Report on vaccination in Madras 1922-1929 - 1922-1929
Year: 1922
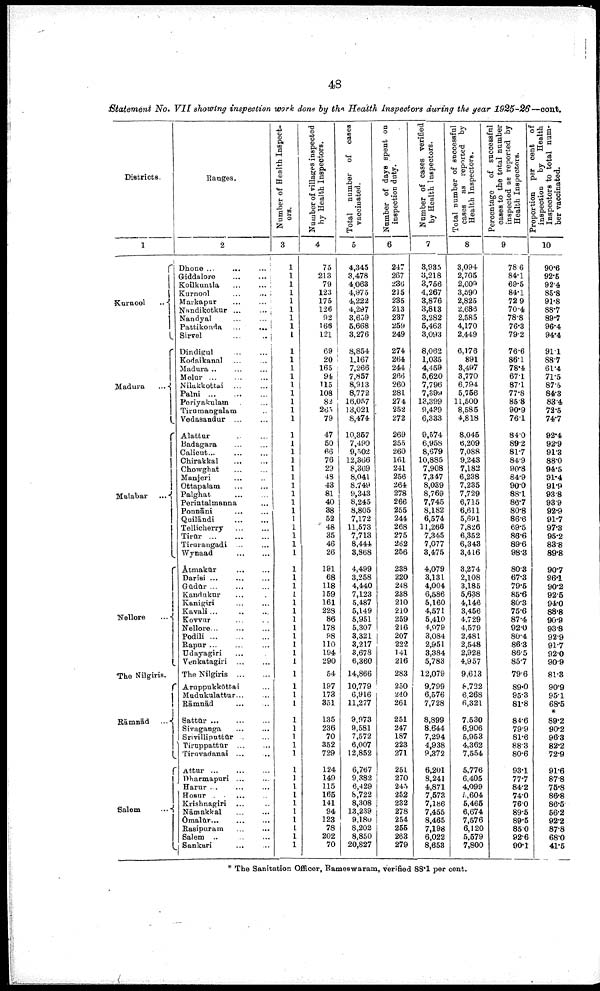
48
Statement No. VII showing inspection work done by the Health Inspestors during the year 1925-26—cont.
Districts.
1
Kurnool
...
Madura
...
Malabar ...
Nellore
...
The Nilgiris.
Rāmnād
...
Salem
...
Ranges.
2
Dhone ...
...
...
Giddalore
...
...
Koilkuntla
...
...
Kurnool
...
...
Markapur ... ...
Nandikotkur
...
...
Nandyal ... ...
Pattikonda
...
...
Sirvel ... ...
Dindigul
...
...
Kodaikanal ... ...
Madura ... ... ...
Melur ... ... ...
Nilakkottai ... ...
Palni
...
...
...
Periyakulam ... ...
Tirumangalam ...
Vedasandur
...
...
Alattur ... ...
Badagara ... ...
Calicut... ... ...
Chirakkal ... ... ...
Chowghat
...
...
Manjeri ... ...
Ottapalam ... ...
Palghat ... ...
Perintalmanna ...
Ponnāni ... ...
Qnilāndi ... ...
Tellicherry ... ...
Tirūr
...
...
Tirurangadi ... ...
Wynaad
...
...
Ātmakūr
...
...
Darisi
...
...
...
Gūdūr
...
...
...
Kandukur ... ...
Kanigiri ... ...
Kavali ... ... ...
Kovvur ...
Nellore... ... ...
Podili
...
...
...
Rapur ... ... ...
Udayagiri ... ...
Venkatagiri ... ...
The Nilgiris
...
...
Aruppukkōttai ...
Mudukulattur ... ...
Rāmnād ... ...
Sattūr
...
...
...
Sivaganga ... ...
Srivilliputtūr ... ...
Tiruppattūr
...
...
Tiruvadanai
...
...
Attur
...
...
...
Dharmapuri ... ...
Harur ... ... ...
Hosur ... ... ...
Krishnagiri ... ...
Nāmakkal ... ...
Ōmalūr
...
...
...
Rasipuram ... ... ...
Salem
...
...
...
Sankari ... ...
Number of Health Inspect
ors.
3
1
1
1
1
1
1
1
1
1
1
1
1
1
1
1
1
1
1
1
1
1
1
1
1
1
1
1
1
1
1
1
1
1
1
1
1
1
1
1
1
1
1
1
1
1
1
1
1
1
1
1
1
1
1
1
1
1
1
1
1
1
1
1
1
Number of villages inspected
by Health Inspectors.
4
75
213
79
123
175
126
92
166
121
69
20
165
94
115
108
82
263
79
47
50
66
76
29
48
43
81
40
38
52
48
35
46
26
191
68
118
159
161
228
86
178
98
110
194
290
54
197
173
351
135
236
70
352
729
124
149
115
165
141
94
123
78
202
70
Total number of cases
vaccinated.
5
4,345
3,478
4,063
4,975
4,222
4,297
3,659
5,668
3,276
8,854
1,167
7,266
7,857
8,913
8,772
16,057
13,021
8,474
10,357
7,490
9,502
12,366
8,369
8,041
8,749
9,343
8,245
8,805
7,172
11,573
7,713
8,444
3,868
4,499
3,258
4,440
7,123
5,487
5,149
5,951
5,307
3,321
3,217
3,678
6,360
14,866
10,779
6,916
11,277
9,973
9,581
7,572
6,007
12,852
6,767
9,382
6,429
8,722
8,308
13,239
9,180
8,202
8,850
20,827
Number of days spent on
inspection duty.
6
247
267
236
215
235
213
237
259
249
274
264
244
266
260
281
274
252
272
269
255
260
161
241
256
264
278
266
255
244
268
275
262
256
238
220
248
238
210
210
259
210
207
222
141
216
283
250
240
261
251
247
187
223
271
251
270
245
252
232
278
254
255
263
279
Number of cases verified
by Health Inspectors.
7
3,935
3,218
3,756
4,267
3,876
3,813
3,282
5,463
3,093
8,062
1,035
4,459
5,620
7,796
7,399
13,399
9,439
6,333
9,574
6,958
8,679
10,885
7,908
7,347
8,039
8,769
7,745
8,182
6,574
11,266
7,345
7,077
3,475
4,079
3,131
4,004
6,586
5,160
4,571
5,410
4,979
3,084
2,951
3,384
5,783
12,079
9,799
6,576
7,728
8,899
8,644
7,294
4,938
9,372
6,201
8,241
4,871
7,573
7,186
7,455
8,465
7,198
6,022
8,653
Total number of successful
cases as reported by
Health Inspectors.
8
3,094
2,765
2,609
3,590
2,825
2,686
2,585
4,170
2,449
6,176
891
3,497
3,770
6,794
5,756
11,500
8,585
4,818
8,045
6,209
7,088
9,243
7,182
6,238
7,235
7,729
6,715
6,611
5,691
7,826
6,352
6,343
3,416
3,274
2,108
3,185
5,638
4,146
3,456
4,729
4,579
2,481
2,548
2,928
4,957
9,613
8,722
6,268
6,321
7,530
6,906
5,953
4,362
7,554
5,776
6,405
4,099
5,604
5,465
6,674
7,576
6,120
5,579
7,800
Percentage
of successful
cases to the total number
inspected as reported by
Health Inspectors.
9
78.6
84.1
69.5
84.1
72.9
70.4
78.8
76.3
79.2
76.6
86.1
78.4
67.1
87.1
77.8
85.8
90.9
761
84.0
89.2
81.7
84.9
90.8
84.9
90.0
88.1
86.7
80.8
86.6
69.5
86.6
89.6
98.3
80.3
67.3
79.5
85.6
80.3
75.6
87.4
92.0
80.4
86.3
86.5
85.7
79.6
89.0
95.3
81.8
84.6
79.9
81.6
88.3
80.6
93.1
77.7
84.2
74.0
76.0
89.5
89.5
85.0
92.6
90.1
Proportion per cent of
inspection
by
Health
Inspectors to total num¬
ber vaccinated.
10
90.6
92.5
92.4
85.8
91.8
88.7
89.7
96.4
94.4
91.1
88.7
61.4
71.5
87.5
84.3
83.4
72.5
74.7
92.4
92.9
91.3
88.0
94.5
91.4
91.9
93.8
93.9
92.9
91.7
97.3
95.2
83.8
89.8
90.7
96.1
90.2
92.6
94.0
88.8
90.9
93.8
92.9
91.7
92.0
90.9
81.3
90.9
95.1
68.5
*
89.2
90.2
96.3
82.2
72.9
91.6
87.8
75.8
86.8
86.5
56.2
92.2
87.8
68.0
41.5
* The Sanitation Officer, Rameswaram, verified 88.1 per cent.